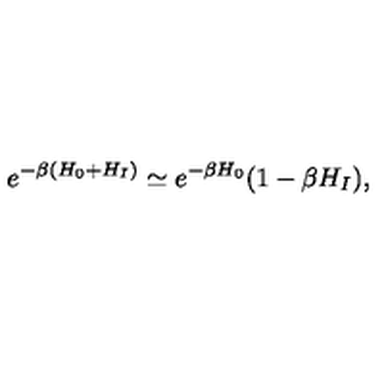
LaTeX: e ^ { - \beta ( H _ { 0 } + H _ { I } ) } \simeq e ^ { - \beta H _ { 0 } } ( 1 - \beta H _ { I } ) ,